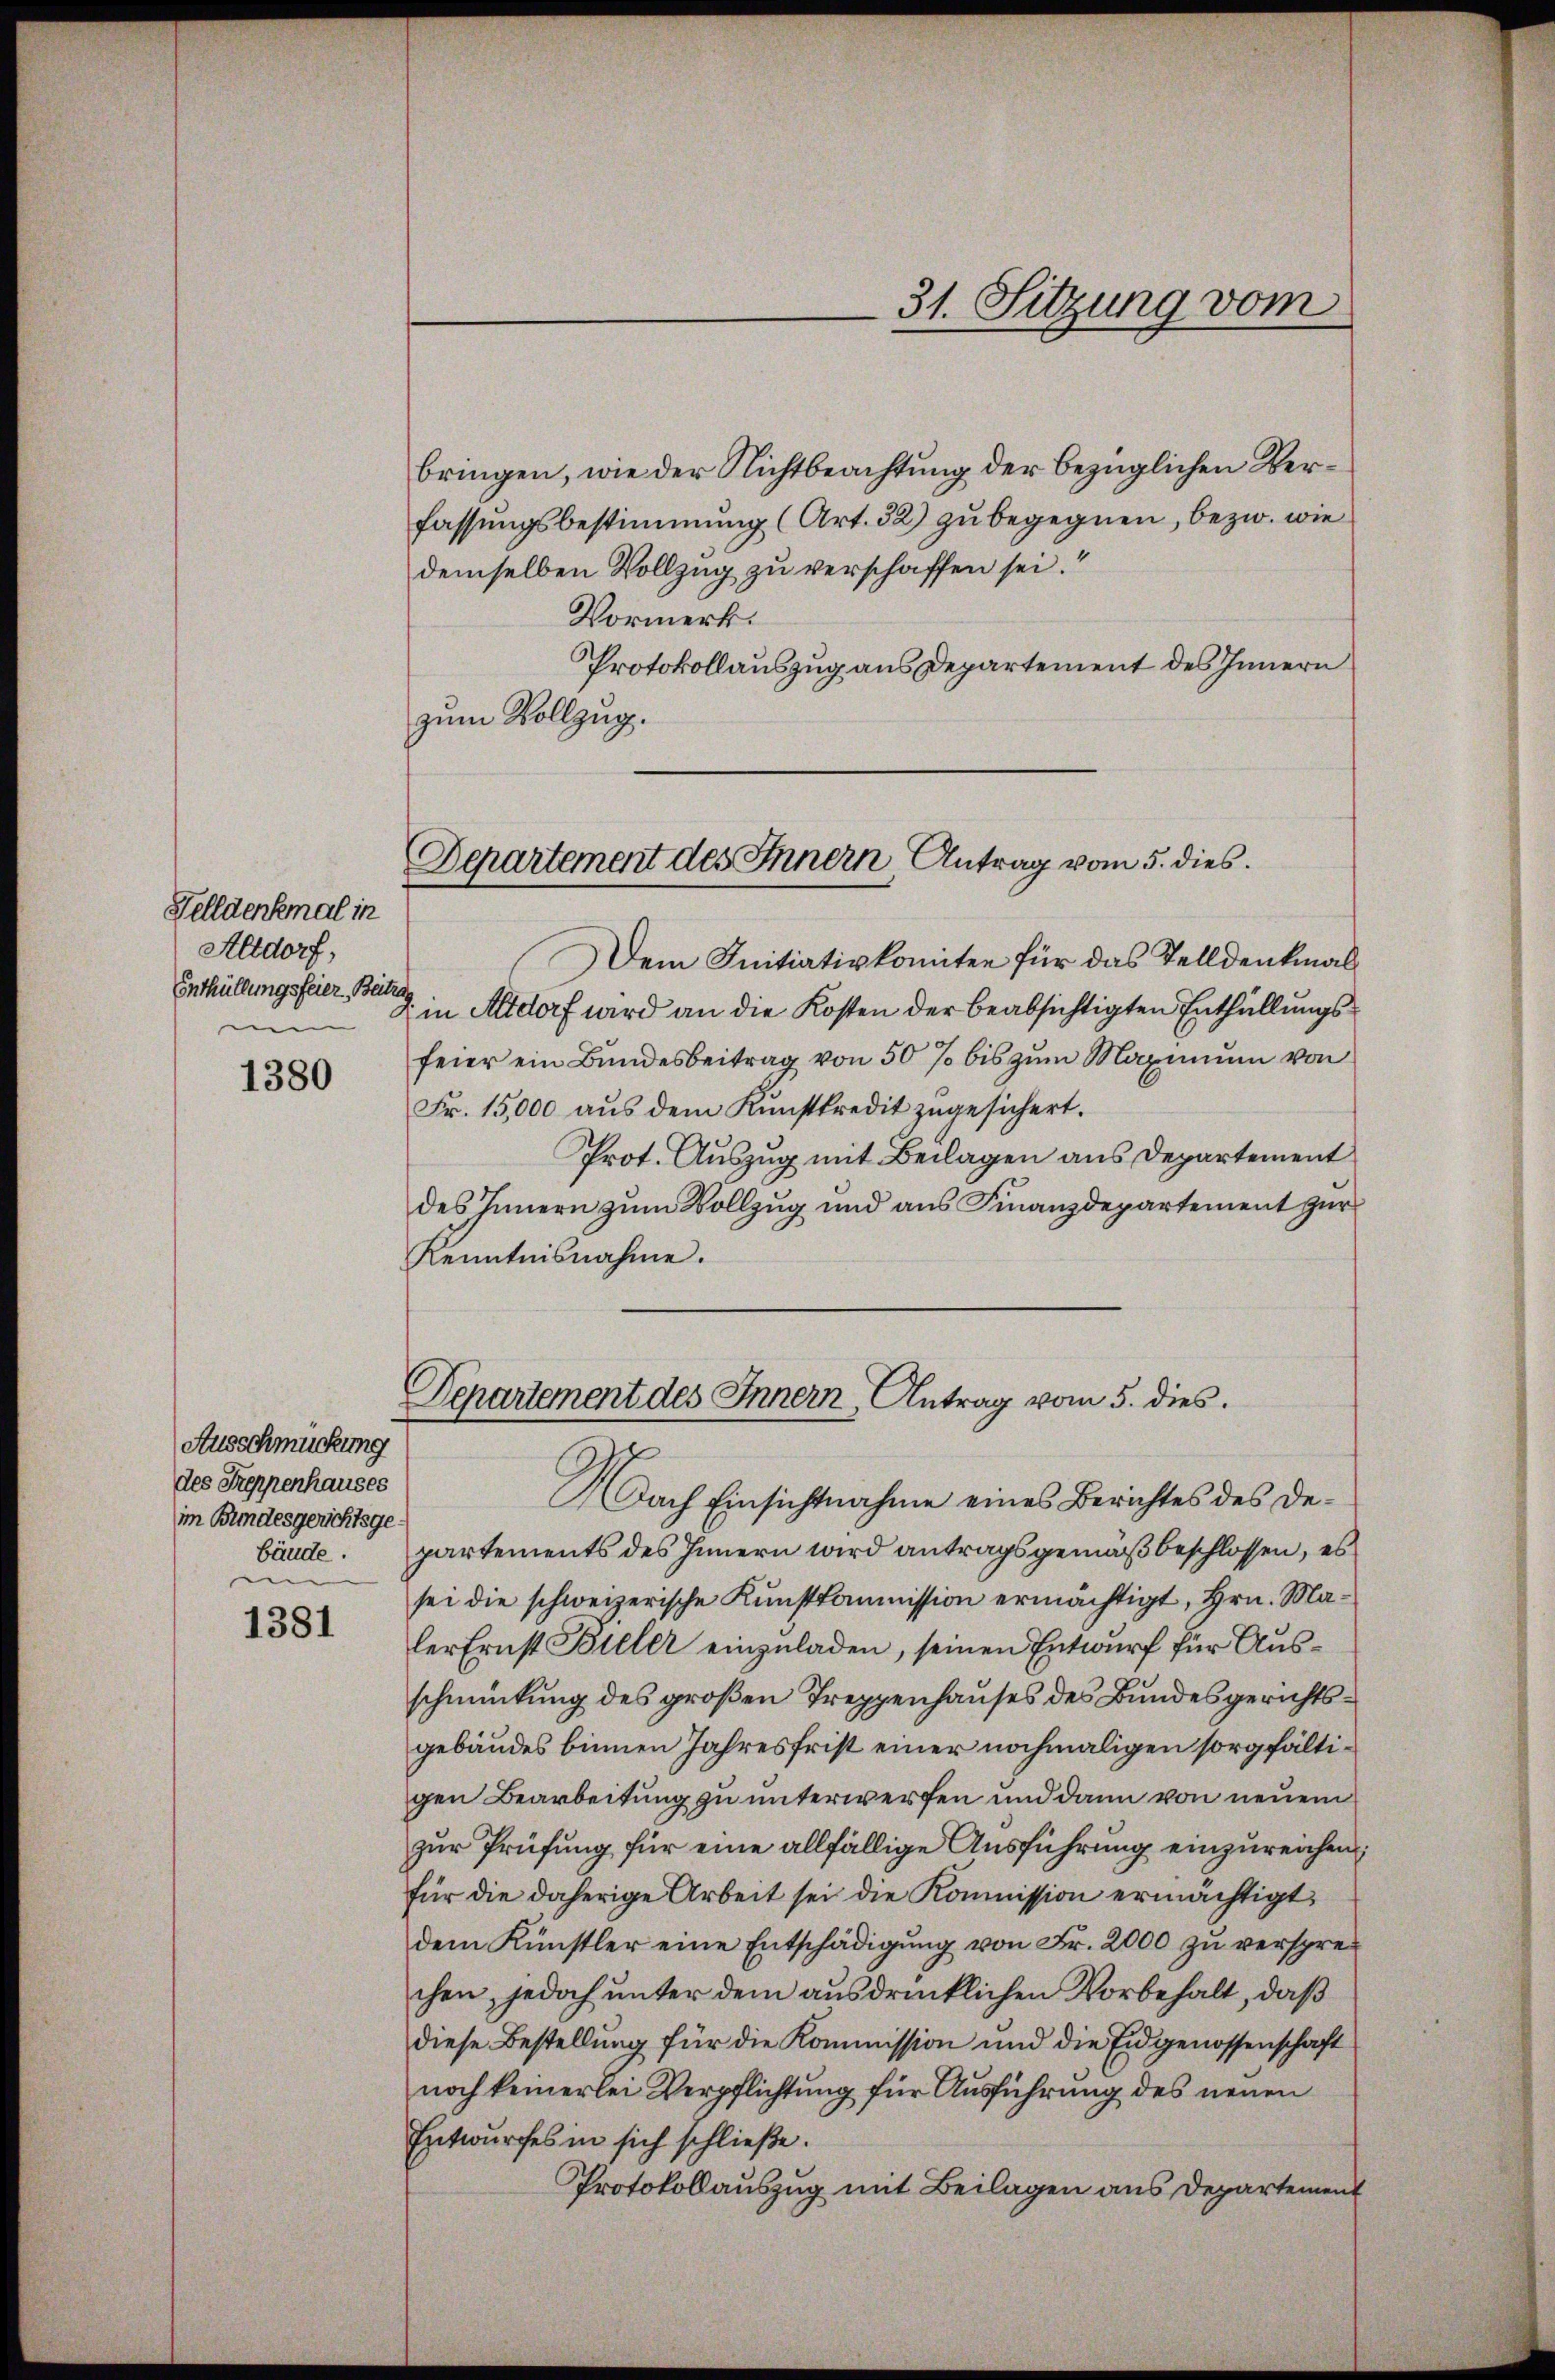
Felldenkmal in
Altdorf,
Enthüllungsfeier, Beitra
men

1380

Ausschmückung
des Treppenhauses
im Bundesgerichtsgebäude.

1381

31. Sitzung vom

Departement des Innern, Antrag vom 5. dies

bringen, wie der Nichtbeachtung der bezüglichen Verfassungsbestimmung (Art. 32) zu begegnen, bezw. wie
demselben Vollzug zu verschaffen sei.“
Vormerk.
Protokollauszug aus Departement des Innern
zum Vollzug.

Dem Initiativkomiten für das Telldenkmal
7 in Altdorf wird an die Kosten der beabsichtigten Entfüllungsfeier ein Bundesbeitrag von 50 % bis zum Maximum von
Fr. 15,000 aŭs dem Kunstkredit zŭgesichert.
Prot. Auszug mit Beilagen aus Departement
des Innern zum Vollzug und aus Finanzdepartement zur
Kenntnisnahme.
Departement des Innern, Antrag vom 5. dies

Nach Einsichtnahme eines Berichtes des Departements des Innern wird antragsgemäß beschlossen, es
sei die schweizerische Kunstkommission ermächtigt, Hrn. Maler Ernst Biller einzuladen, seinen Entwurf für Ausschmückung des großen Treppenhauses des Bundesgerichtsgebäudes binnen Jahresfrist einer nochmaligen sorgfältigen Bearbeitung zu unterwerfen und dann von neuem
zur Prüfung für eine allfällige Ausführung einzureichen:
für die daherige Arbeit sei die Kommission ermächtigt
dem Künstler eine Entschädigŭng von Fr. 2000 zŭ versprechen, jedoch unter dem ausdrücklichen Vorbehalt, daß
diese Bestellung für die Kommission und die Eidgenossenschaft
noch keinerlei Verpflichtung für Ausführung des neuen
Entwurfes in sich schließe.
Protokollauszug mit Beilagen aus Departement